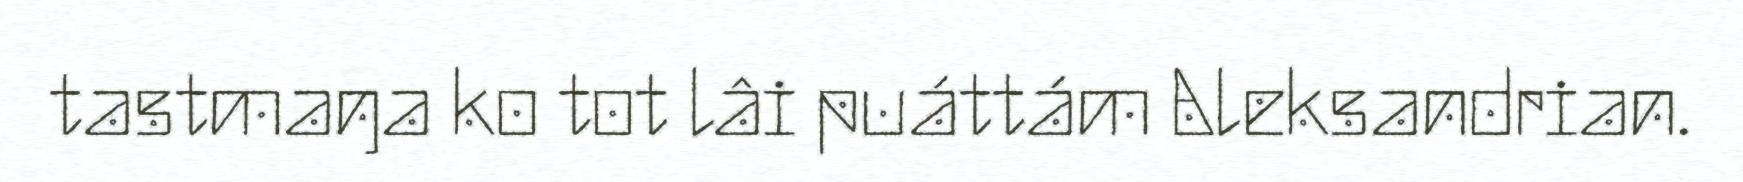
tastmaŋa ko tot lâi puáttám Aleksandrian.